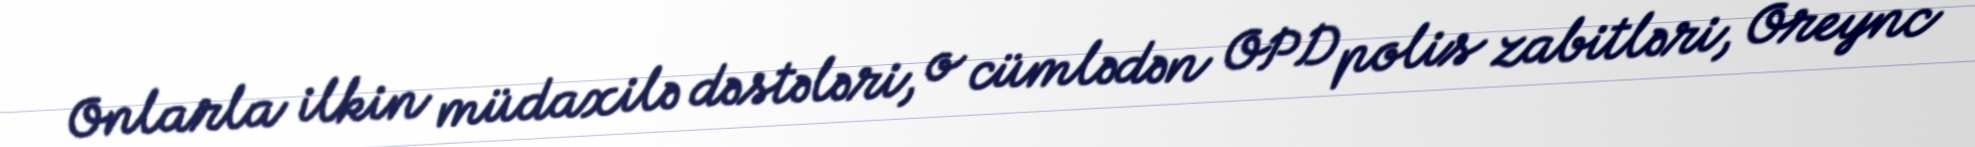
Onlarla ilkin müdaxilə dəstələri, o cümlədən OPD polis zabitləri, Oreync